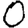
Digit: 0